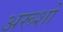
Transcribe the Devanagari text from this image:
अरूशो